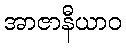
အာဇာနီယာဝ